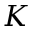
K